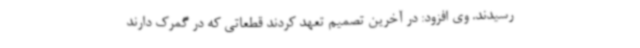
رسیدند. وی افزود: در آخرین تصمیم تعهد کردند قطعاتی که در گمرک دارند